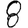
Digit: 8